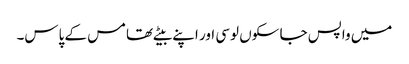
میں واپس جا سکوں لوسی اور اپنے بیٹے تھامس کے پاس۔